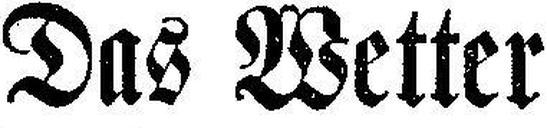
Das Wetter